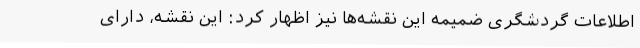
اطلاعات گردشگری ضمیمه این نقشه‌ها نیز اظهار کرد: این نقشه، دارای